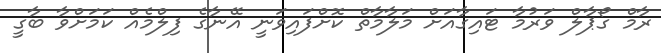
ރާމް ގޯޕާލް ވަރުމާ ޓައިގާއަށް މަލާމާތް ކޮށްފައިވަނީ އޭނާގެ ފިލްމެއް ކަމަށްވާ ބާގީ